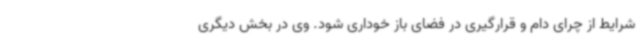
شرایط از چرای دام و قرارگیری در فضای باز خوداری شود. وی در بخش دیگری